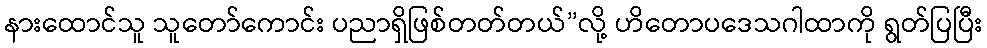
နားထောင်သူ သူတော်ကောင်း ပညာရှိဖြစ်တတ်တယ်”လို့ ဟိတောပဒေသဂါထာကို ရွတ်ပြပြီး